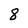
Character: 8